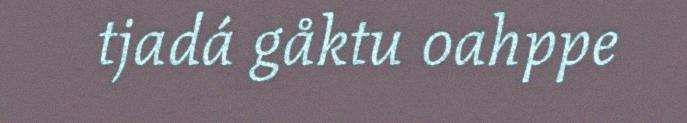
tjadá gåktu oahppe